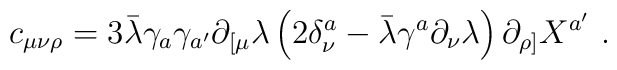
c_{\mu\nu\rho}=3\bar \lambda\gamma_a\gamma_{a'}\partial_{[\mu}\lambda\left( 2\delta_{\nu}^a-\bar \lambda\gamma^a\partial_\nu\lambda\right)\partial_{\rho]}X^{a'}\ .